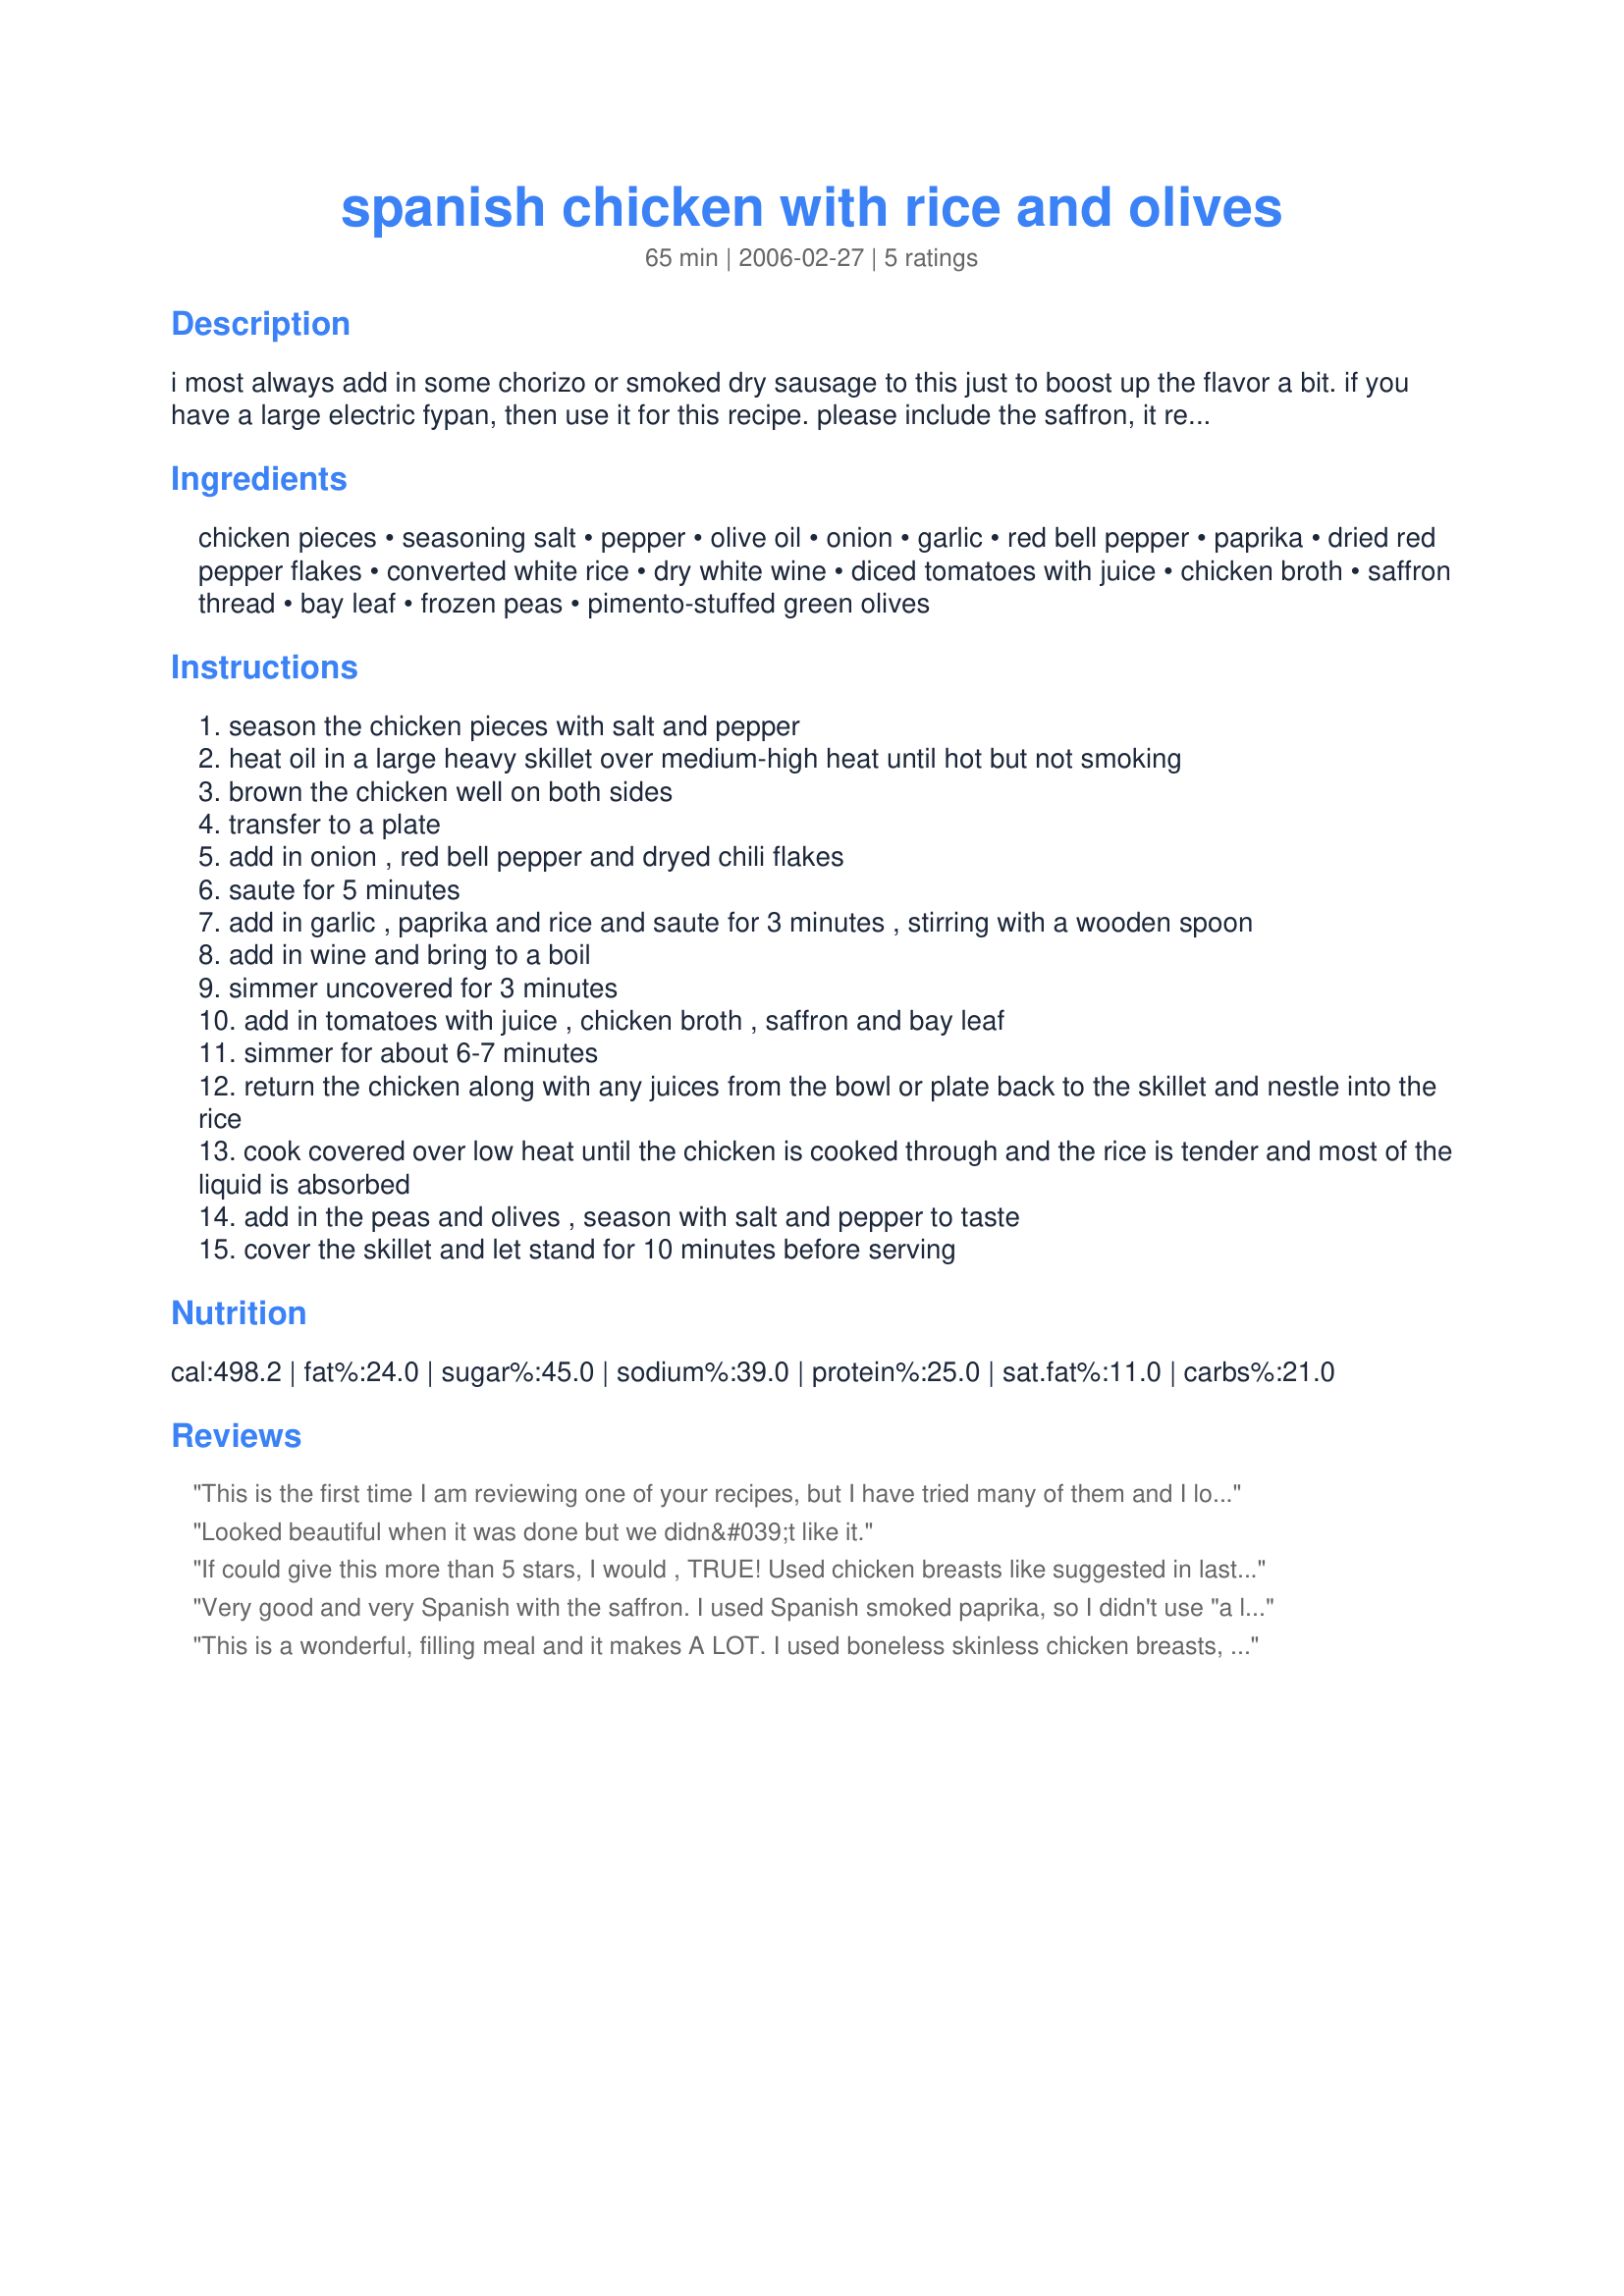
spanish chicken with rice and olives
Preparation time: 65 minutes

i most always add in some chorizo or smoked dry sausage to this just to boost up the flavor a bit. if you have a large electric fypan, then use it for this recipe. please include the saffron, it really makes this recipe!

Ingredients:
chicken pieces, seasoning salt, pepper, olive oil, onion, garlic, red bell pepper, paprika, dried red pepper flakes, converted white rice, dry white wine, diced tomatoes with juice, chicken broth, saffron thread, bay leaf, frozen peas, pimento-stuffed green olives

Steps:
season the chicken pieces with salt and pepper
heat oil in a large heavy skillet over medium-high heat until hot but not smoking
brown the chicken well on both sides
transfer to a plate
add in onion , red bell pepper and dryed chili flakes
saute for 5 minutes
add in garlic , paprika and rice and saute for 3 minutes , stirring with a wooden spoon
add in wine and bring to a boil
simmer uncovered for 3 minutes
add in tomatoes with juice , chicken broth , saffron and bay leaf
simmer for about 6-7 minutes
return the chicken along with any juices from the bowl or plate back to the skillet and nestle into the rice
cook covered over low heat until the chicken is cooked through and the rice is tender and most of the liquid is absorbed
add in the peas and olives , season with salt and pepper to taste
cover the skillet and let stand for 10 minutes before serving

Reviews:
This is the first time I am reviewing one of your recipes, but I have tried many of them and I love them all!! This is a very tasty dish for any season and I love that it is all done in one skillet! Thank you for sharing all of your delicious recipes!
Looked beautiful when it was done but we didn&#039;t like it.
If could give this more than 5 stars, I would , TRUE!
Used chicken breasts like suggested in last review!
DEFINATELY use saffron, used cholizo sausage too!
FANTASMO!!!! Does that say HOW MUCH I LOVED this recipe to YOU!
Thanks!
OH, used wild rice with mushroom medley as added extra WOW!
Love following Kittencal's recipes and easy to follow steps shows you how!
Very good and very Spanish with the saffron. I used Spanish smoked paprika, so I didn't use "a little more" as it might overpower. I also subbed frozen peas and carrots since that is what was in my freezer. It did make large portions, but my husband ate his all up, it was so good!
This is a wonderful, filling meal and it makes A LOT. I used boneless skinless chicken breasts, smoked paprika and hot sauce. The flavors work really well together and I think the best part of the dish is the olives, don't leave those out. Excellent complete meal and pretty too!
